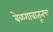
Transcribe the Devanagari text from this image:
बेळगावातूनच